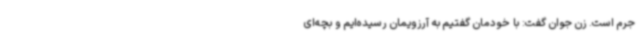
جرم است. زن جوان گفت: با خودمان گفتیم به آرزویمان رسیده‌ایم و بچه‌ای